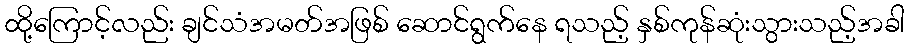
ထို့ကြောင့်လည်း ချင်သံအမတ်အဖြစ် ဆောင်ရွက်နေ ရသည့် နှစ်ကုန်ဆုံးသွားသည့်အခါ